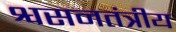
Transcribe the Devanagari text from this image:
श्वसनतंत्रीय